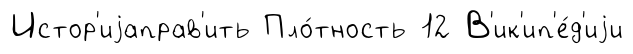
Истор'иjаправ'ить Пло́тность 12 В'ик'ип'е́д'иjи